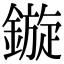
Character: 鏇